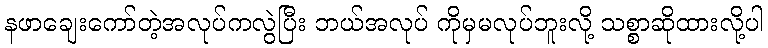
နဖာချေးကော်တဲ့အလုပ်ကလွဲပြီး ဘယ်အလုပ် ကိုမှမလုပ်ဘူးလို့ သစ္စာဆိုထားလို့ပါ